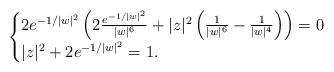
LaTeX: \begin{align*}\begin{cases}2e^{-1/|w|^2}\left(2\frac{e^{-1/|w|^2}}{|w|^6}+|z|^2\left(\frac{1}{|w|^6}-\frac{1}{|w|^4}\right)\right)=0\\|z|^2+2e^{-1/|w|^2}=1.\end{cases}\end{align*}